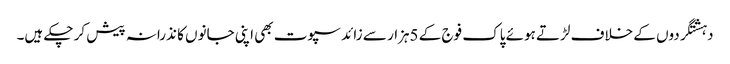
دہشتگردوں کے خلاف لڑتے ہوئے پاک فوج کے 5ہزار سے زائد سپوت بھی اپنی جانوں کا نذرانہ پیش کر چکے ہیں۔